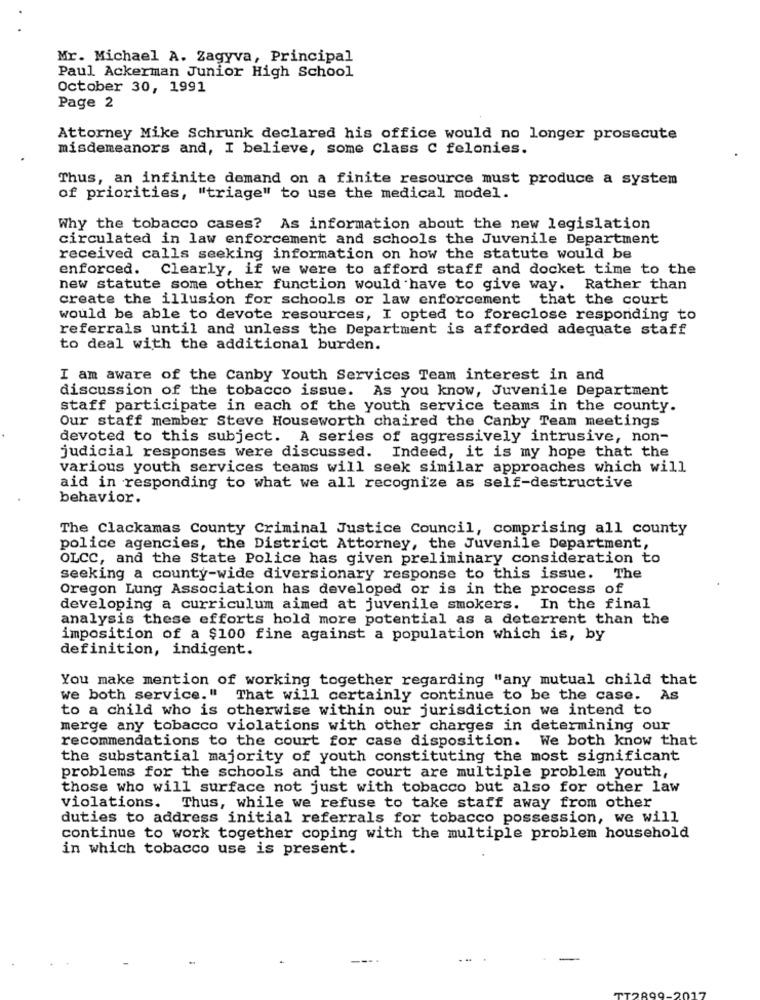
Mr. Michael A. Zagyva, Principal
Paul Ackerman Junior High School
October 30, 1991
Page 2
Attorney Mike Schrunk declared his office would no longer prosecute
misdemeanors and, I believe, some Class C felonies.
Thus, an infinite demand on a finite resource must produce a system
of priorities, "triage" to use the medical model.
Why the tobacco cases? As information about the new legislation
circulated in law enforcement and schools the Juvenile Department
received calls seeking information on how the statute would be
enforced.
Clearly, if we were to afford staff and docket time to the
new statute some other function would have to give way. Rather than
create the illusion for schools or law enforcement that the court
would be able to devote resources, I opted to foreclose responding to
referrals until and unless the Department is afforded adequate staff
to deal with the additional burden.
I am aware of the Canby Youth Services Team interest in and
discussion of the tobacco issue. As you know, Juvenile Department
staff participate in each of the youth service teams in the county.
Our staff member Steve Houseworth chaired the Canby Team meetings
devoted to this subject. A series of aggressively intrusive, non-
judicial responses were discussed. Indeed, it is my hope that the
various youth services teams will seek similar approaches which will
aid in responding to what we all recognize as self-destructive
behavior.
The Clackamas County Criminal Justice Council, comprising all county
police agencies, the District Attorney, the Juvenile Department,
OLCC, and the State Police has given preliminary consideration to
seeking a county-wide diversionary response to this issue. The
Oregon Lung Association has developed or is in the process of
developing a curriculum aimed at juvenile smokers. In the final
analysis these efforts hold more potential as a deterrent than the
imposition of a $100 fine against a population which is, by
definition, indigent.
You make mention of working together regarding "any mutual child that
we both service. "
That will certainly continue to be the case.
As
to a child who is otherwise within our jurisdiction we intend to
merge any tobacco violations with other charges in determining our
recommendations to the court for case disposition. We both know that
the substantial majority of youth constituting the most significant
problems for the schools and the court are multiple problem youth,
those who will surface not just with tobacco but also for other law
violations. Thus, while we refuse to take staff away from other
duties to address initial referrals for tobacco possession, we will
continue to work together coping with the multiple problem household
in which tobacco use is present.